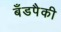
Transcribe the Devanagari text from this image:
बँडपैकी